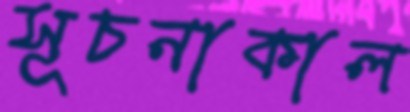
সূচনাকাল